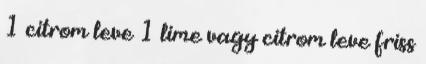
1 citrom leve 1 lime vagy citrom leve friss